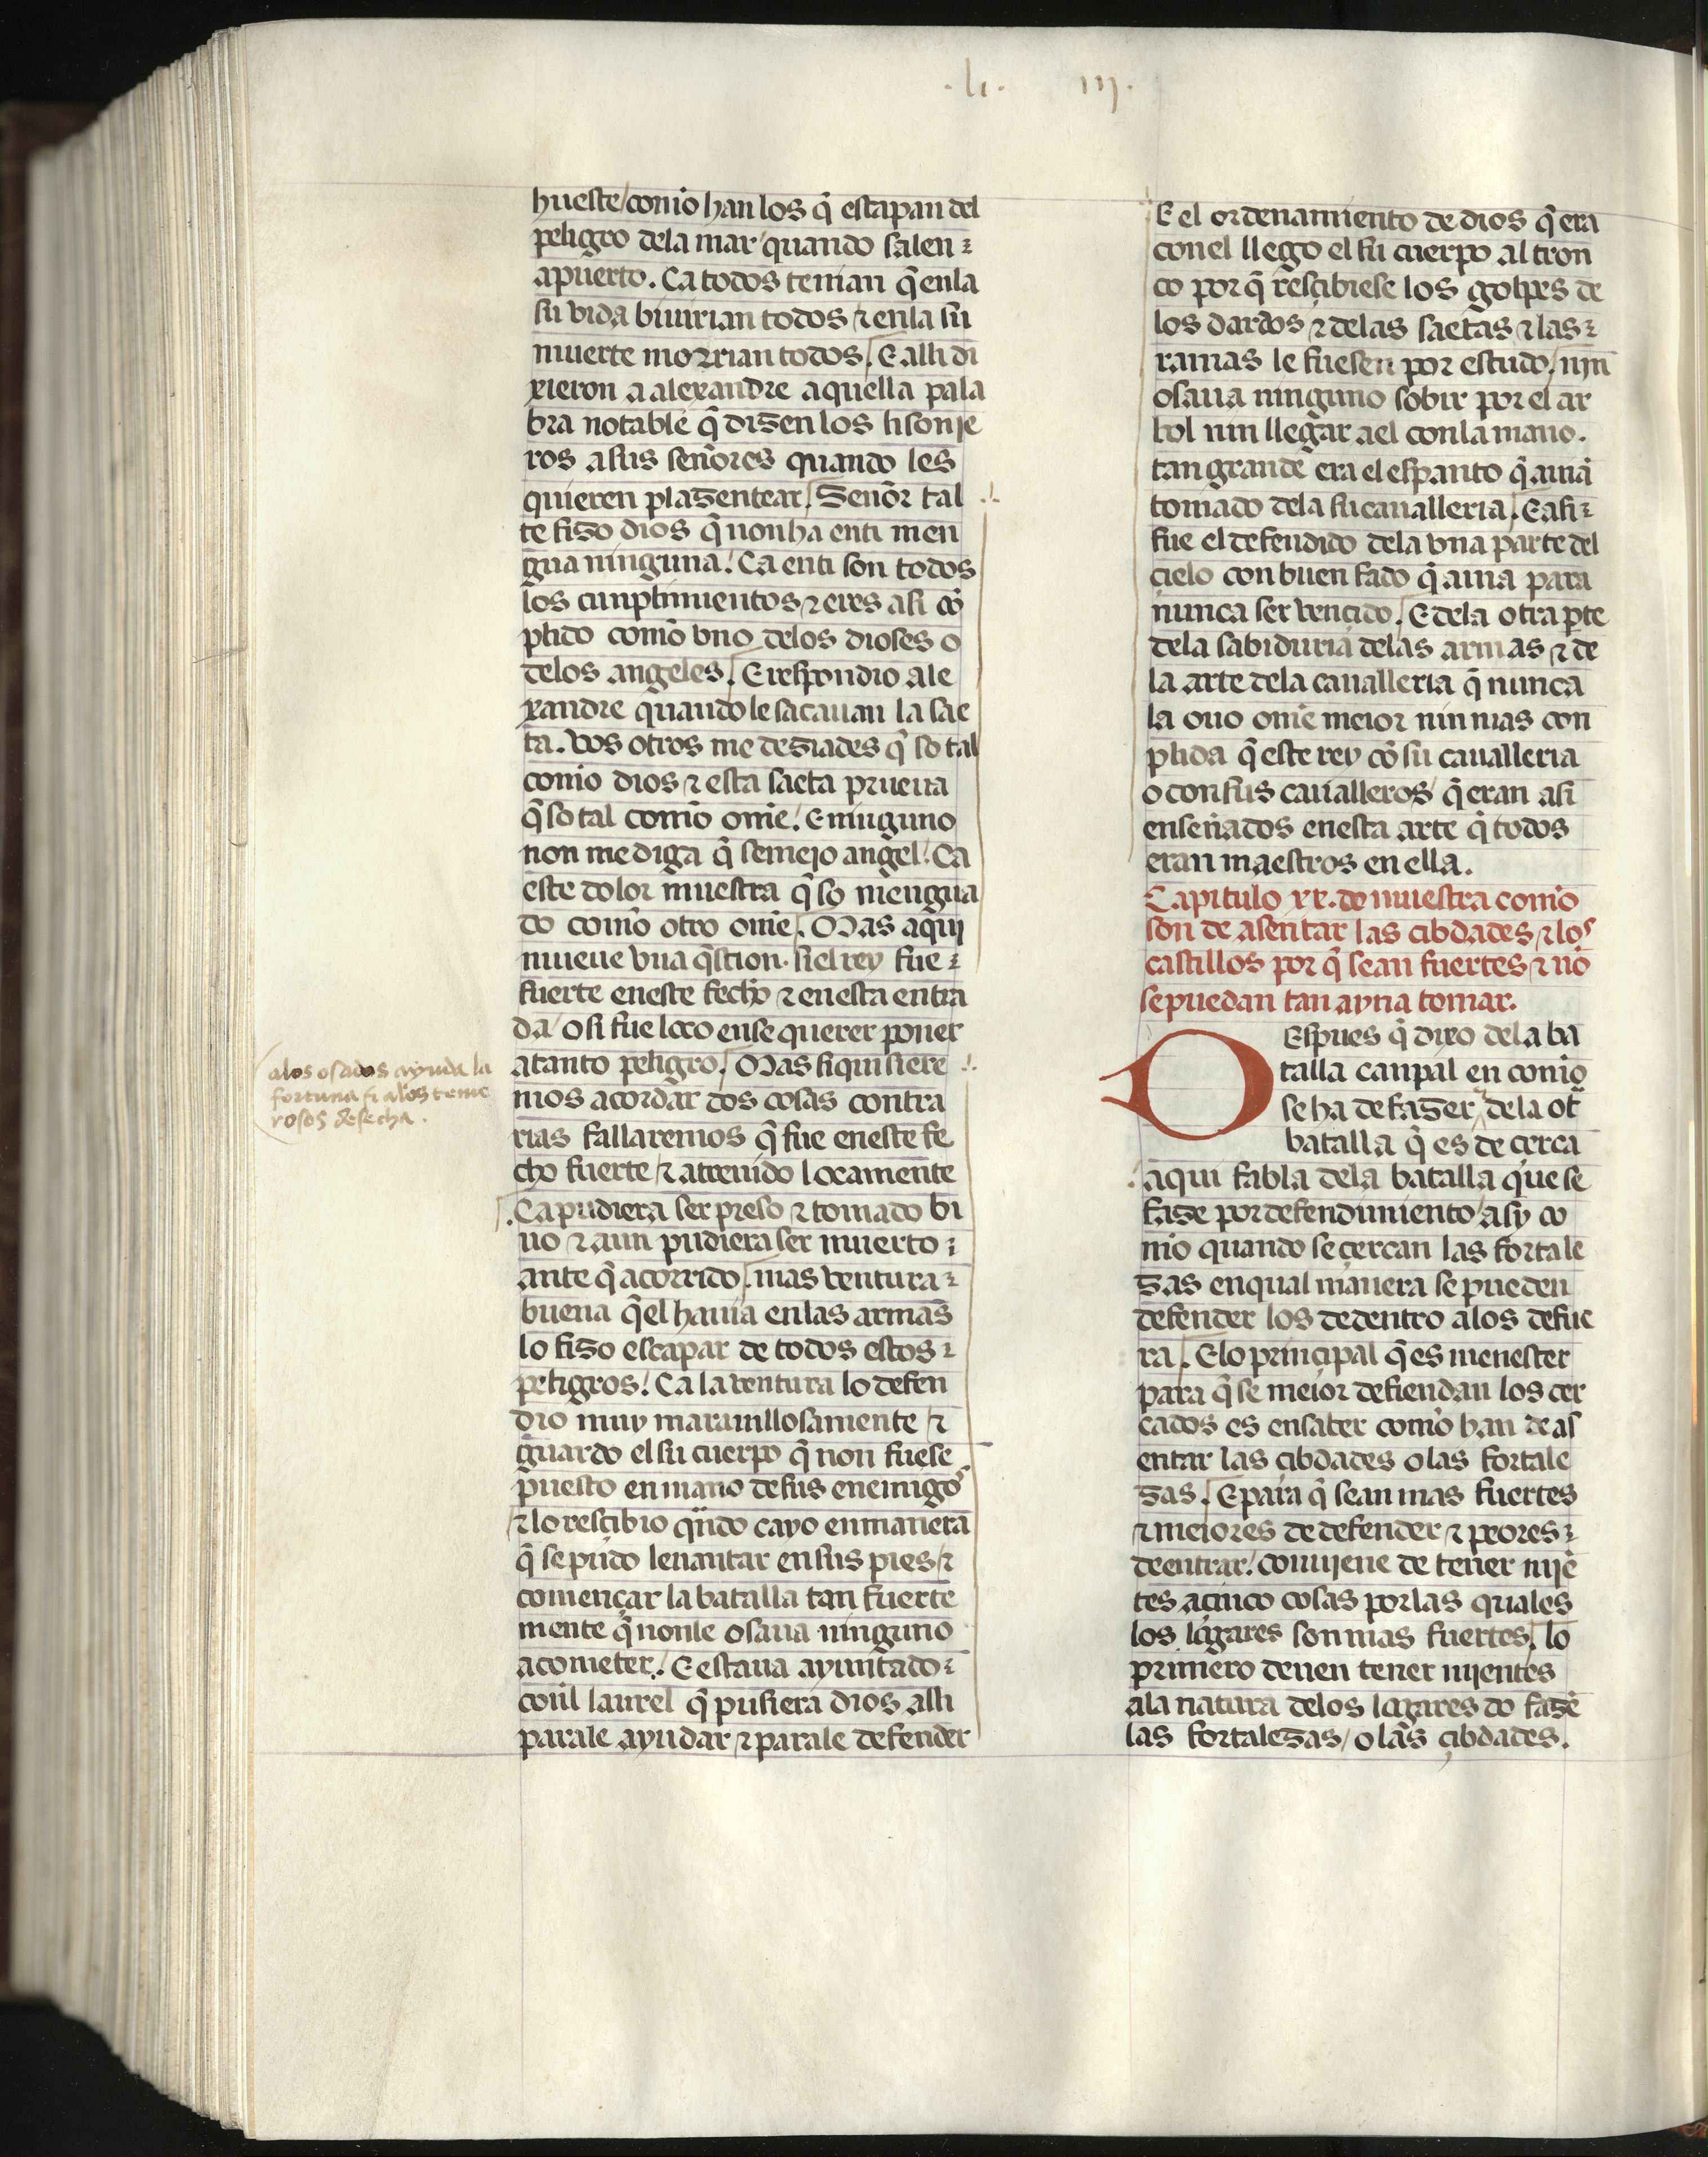
Shelfmark: Madrid, Fundación Lázaro Galdiano, mss 289
Century: 15